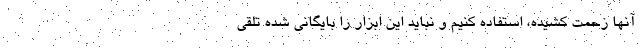
آنها زحمت کشیده، استفاده کنیم و نباید این ابزار را بایگانی شده تلقی